Vaccination in Bombay 1869-1873 - 1869-1873
Year: 1869
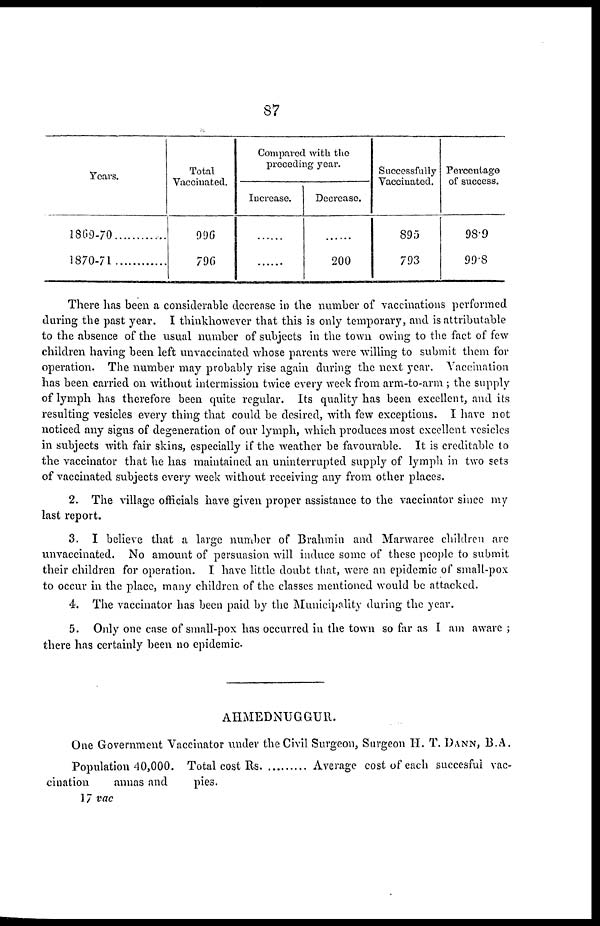
87
Years.
1869-70 ............
1870-71
Total
Vaccinated.
996
796
Compared with the
preceding year.
Increase.
......
......
Decreasc.
......
200
Successfully
Vaccinated.
895
793
Percentage
of success.
98.9
99.8
There has been a considerable decrease in the number of vaccinations performed
during the past year. I thinkhowever that this is only temporary, and is attributable
to the absence of the usual number of subjects in the town owing to the fact of few
children having been left unvaccinated whose parents were willing to submit them for
operation. The number may probably rise again during the next year. Vaccination
has been carried on without intermission twice every week from arm-to-arm ; the supply
of lymph has therefore been quite regular. Its quality has been excellent, and its
resulting vesicles every thing that could be desired, with few exceptions. I have not
noticed any signs of degeneration of our lymph, which produces most excellent vesicles
in subjects with fair skins, especially if the weather be favourable. It is creditable to
the vaccinator that he has maintained an uninterrupted supply of lymph in two sets
of vaccinated subjects every week without receiving any from other places.
2. The village officials have given proper assistance to the vaccinator since my
last report.
3. I believe that a large number of Brahmin and Marwaree children are
unvaccinated. No amount of persuasion will induce some of these people to submit
their children for operation. I have little doubt that, were an epidemic of small-pox
to occur in the place, many children of the classes mentioned would be attacked.
4. The vaccinator has been paid by the Municipality during the year.
5. Only one case of small-pox has occurred in the town so far as I am aware ;
there has certainly been no epidemic.
AHMEDNUGGUR.
One Government Vaccinator under the Civil Surgeon, Surgeon H. T. DANN, B.A.
Population 40,000. Total cost Rs
Average cost of each succesful vac-
cination
annas and
pies.
17 vac